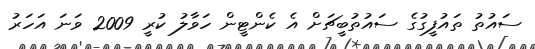
ސައުތު ތައުފީގުގެ ސައުތުބީޗަށް އެ ކެންޓީން ހަވާލު ކުރީ 2009 ވަނަ އަހަރު